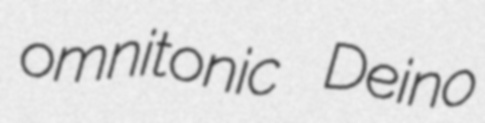
omnitonic Deino